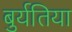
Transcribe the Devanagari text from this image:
बुर्यतिया